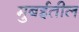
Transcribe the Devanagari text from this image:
मुबईतील